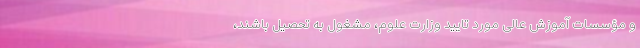
و مؤسسات آموزش عالی مورد تایید وزارت علوم، مشغول به تحصیل باشند،